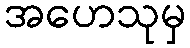
အဟေသုမှ